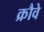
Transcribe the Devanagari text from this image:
क्रौवे